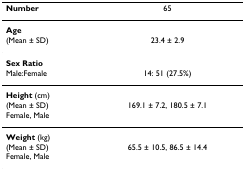
<table><thead><tr><td><b>Number</b></td><td><b>65</b></td></tr></thead><tbody><tr><td><b>Age</b></td><td></td></tr><tr><td>(Mean ± SD)</td><td>23.4 ± 2.9</td></tr><tr><td><b>Sex Ratio</b></td><td></td></tr><tr><td>Male:Female</td><td>14: 51 (27.5%)</td></tr><tr><td><b>Height </b>(cm)</td><td></td></tr><tr><td>(Mean ± SD)Female, Male</td><td>169.1 ± 7.2, 180.5 ± 7.1</td></tr><tr><td><b>Weight </b>(kg)</td><td></td></tr><tr><td>(Mean ± SD)Female, Male</td><td>65.5 ± 10.5, 86.5 ± 14.4</td></tr></tbody></table>